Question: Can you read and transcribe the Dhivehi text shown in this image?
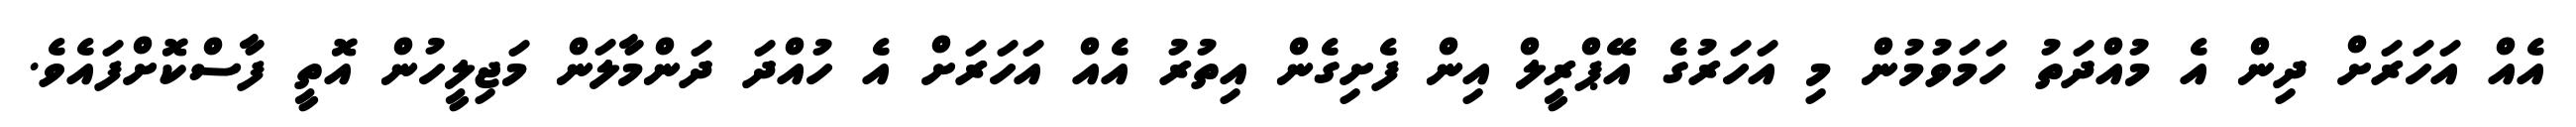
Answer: އެއް އަހަރަށް ދިން އެ މުއްދަތު ހަމަވުމުން މި އަހަރުގެ އޭޕްރީލް އިން ފެށިގެން އިތުރު އެއް އަހަރަށް އެ ހުއްދަ ދަންމާލަން މަޖިލީހުން އޮތީ ފާސްކޮށްފައެވެ.